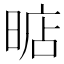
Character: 𣈘